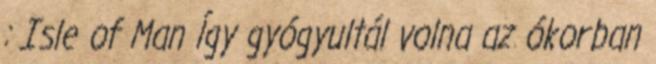
: Isle of Man Így gyógyultál volna az ókorban